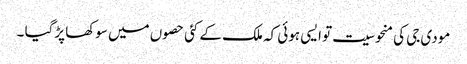
مودی جی کی منحوسیت تو ایسی ہوئی کہ ملک کے کئی حصوں میں سوکھا پڑگیا ۔